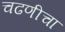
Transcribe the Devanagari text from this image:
चढणीचा